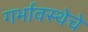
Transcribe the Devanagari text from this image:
गर्भावस्थेचे